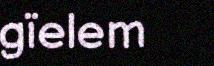
gïelem